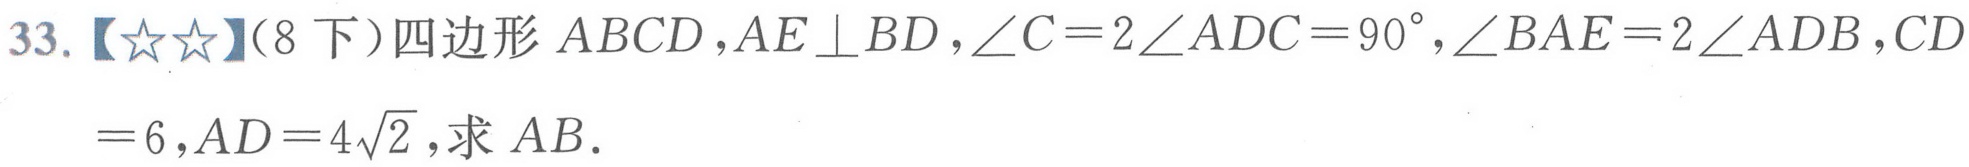
33.【★★】(8下）四边形\(ABCD\)，\(AE\perp BD\)，\(\angle C = 2\angle ADC=90^{\circ}\)，\(\angle BAE = 2\angle ADB\)，\(CD = 6\)，\(AD = 4\sqrt{2}\)，求\(AB\).